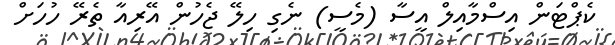
ކެޕްޓަން އިސްމާއިލް އީސާ (މެސީ) ނެގި ހިލޭ ޖެހުން އޭރިއާ ތެރޭ ހުހަށް